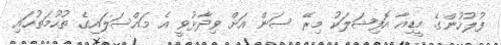
ފުލުހުންގެ މީޑިއާ އޮފިޝަލަކު މިރޭ ސަން އަށް ވިދާޅުވީ އެ މައްސަލައިގެ ތުހުމަތުހައި